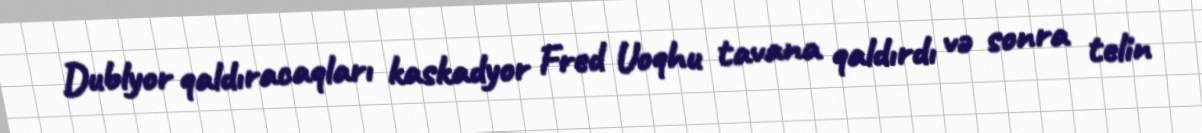
Dublyor qaldıracaqları kaskadyor Fred Uoqhu tavana qaldırdı və sonra telin